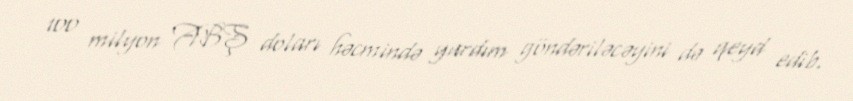
100 milyon ABŞ doları həcmində yardım göndəriləcəyini də qeyd edib.